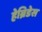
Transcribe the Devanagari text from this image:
हेब्रिडेस